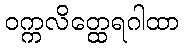
ဝက္ကလိတ္ထေရဂါထာ